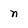
Character: n